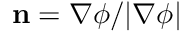
\mathbf { n } = \nabla \phi / | \nabla \phi |